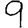
Digit: 9